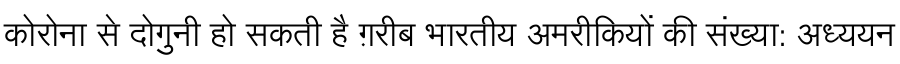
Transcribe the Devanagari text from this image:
कोरोना से दोगुनी हो सकती है ग़रीब भारतीय अमरीकियों की संख्या: अध्ययन